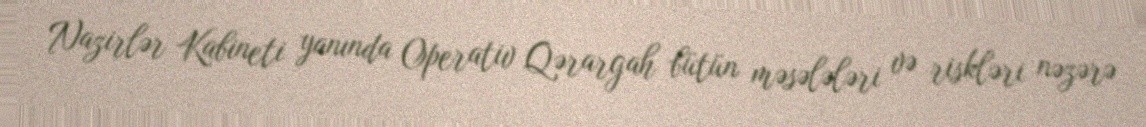
Nazirlər Kabineti yanında Operativ Qərargah bütün məsələləri və riskləri nəzərə